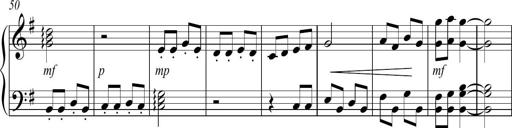
Title: Sonatina no. 2
Composer: Brian Henderson-Sellers
Key: G major